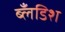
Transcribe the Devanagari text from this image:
ब्लँडिश